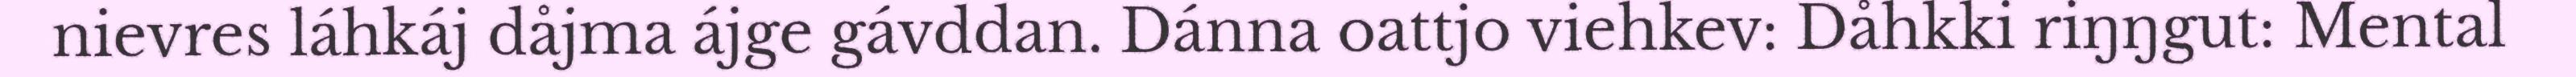
nievres láhkáj dåjma ájge gávddan. Dánna oattjo viehkev: Dåhkki riŋŋgut: Mental